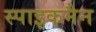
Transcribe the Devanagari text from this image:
स्पाइकमैन